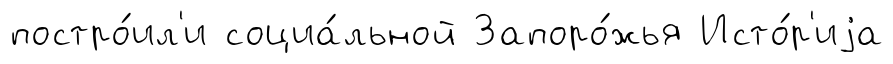
постро́ил'и социа́льной Запоро́жья Исто́р'иjа